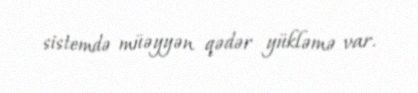
sistemdə müəyyən qədər yükləmə var.